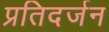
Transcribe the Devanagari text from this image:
प्रतिदर्जन